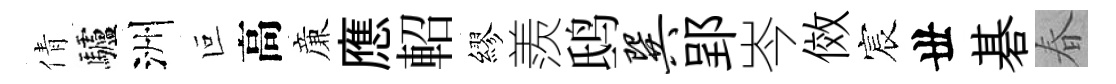
倩驢洲叵高亷應軺繆羨鸱巽郢岑傚宸丗碁春